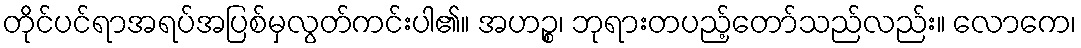
တိုင်ပင်ရာအရပ်အပြစ်မှလွတ်ကင်းပါ၏။ အဟဉ္စ၊ ဘုရားတပည့်တော်သည်လည်း။ လောကေ၊